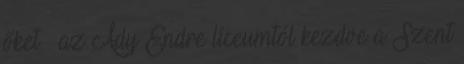
őket – az Ady Endre líceumtól kezdve a Szent